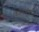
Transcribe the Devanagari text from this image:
कलियुगांत